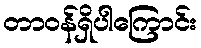
တာဝန်ရှိပါကြောင်း